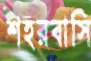
শহরবাসি